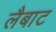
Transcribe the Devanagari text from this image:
लैबाट